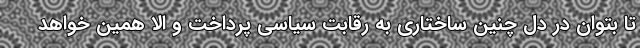
تا بتوان در دل چنین ساختاری به رقابت سیاسی پرداخت و الا همین خواهد